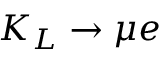
K _ { L } \rightarrow \mu e